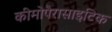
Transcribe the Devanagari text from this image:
कीमोपैरासाइटिक